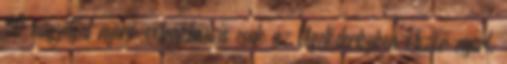
90 nagydíjat nyerő extraklasszis csak az Ügetőderbyben ötször nyert,